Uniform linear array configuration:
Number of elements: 64
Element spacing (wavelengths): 0.5
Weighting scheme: cosine
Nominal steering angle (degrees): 15
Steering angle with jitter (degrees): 15.159
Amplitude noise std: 0.05
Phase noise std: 0.05

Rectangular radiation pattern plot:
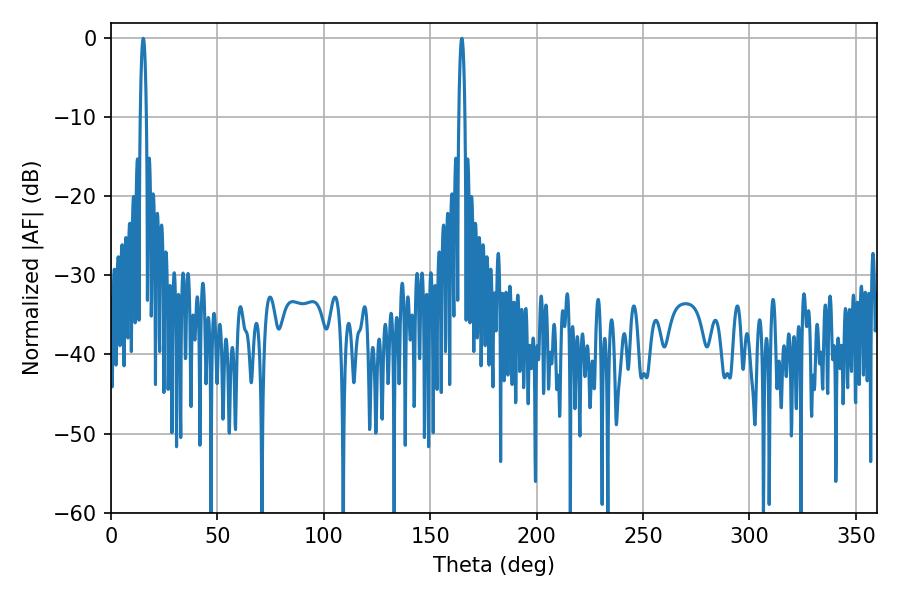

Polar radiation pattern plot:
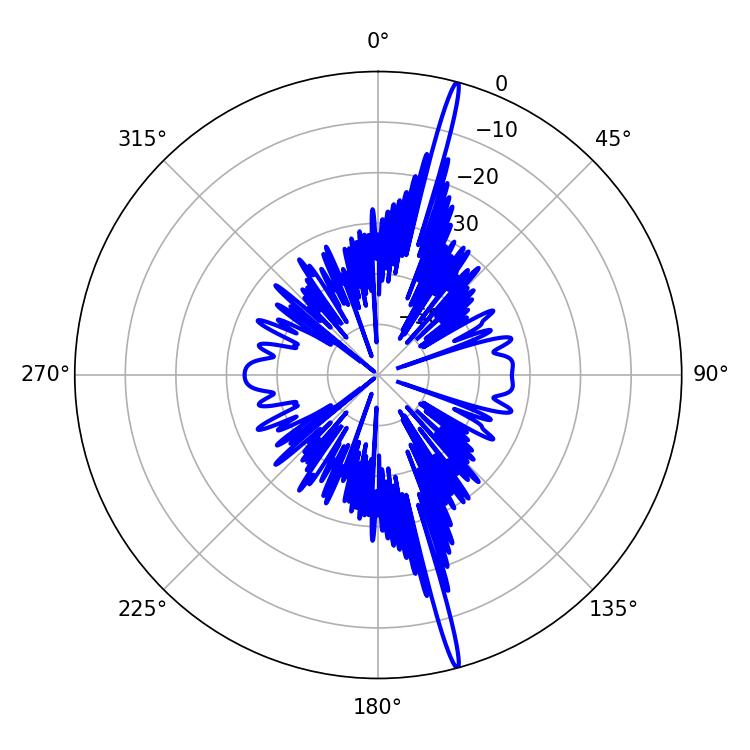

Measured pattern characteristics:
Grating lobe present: FALSE
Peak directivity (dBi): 20.677
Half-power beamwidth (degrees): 1.44
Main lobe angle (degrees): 15.12